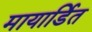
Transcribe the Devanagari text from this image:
मायार्डित